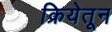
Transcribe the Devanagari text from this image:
क्रियेतून